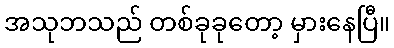
အသုဘသည် တစ်ခုခုတော့ မှားနေပြီ။